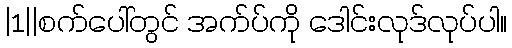
|1||စက်ပေါ်တွင် အက်ပ်ကို ဒေါင်းလုဒ်လုပ်ပါ။